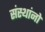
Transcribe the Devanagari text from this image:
संस्थांनो